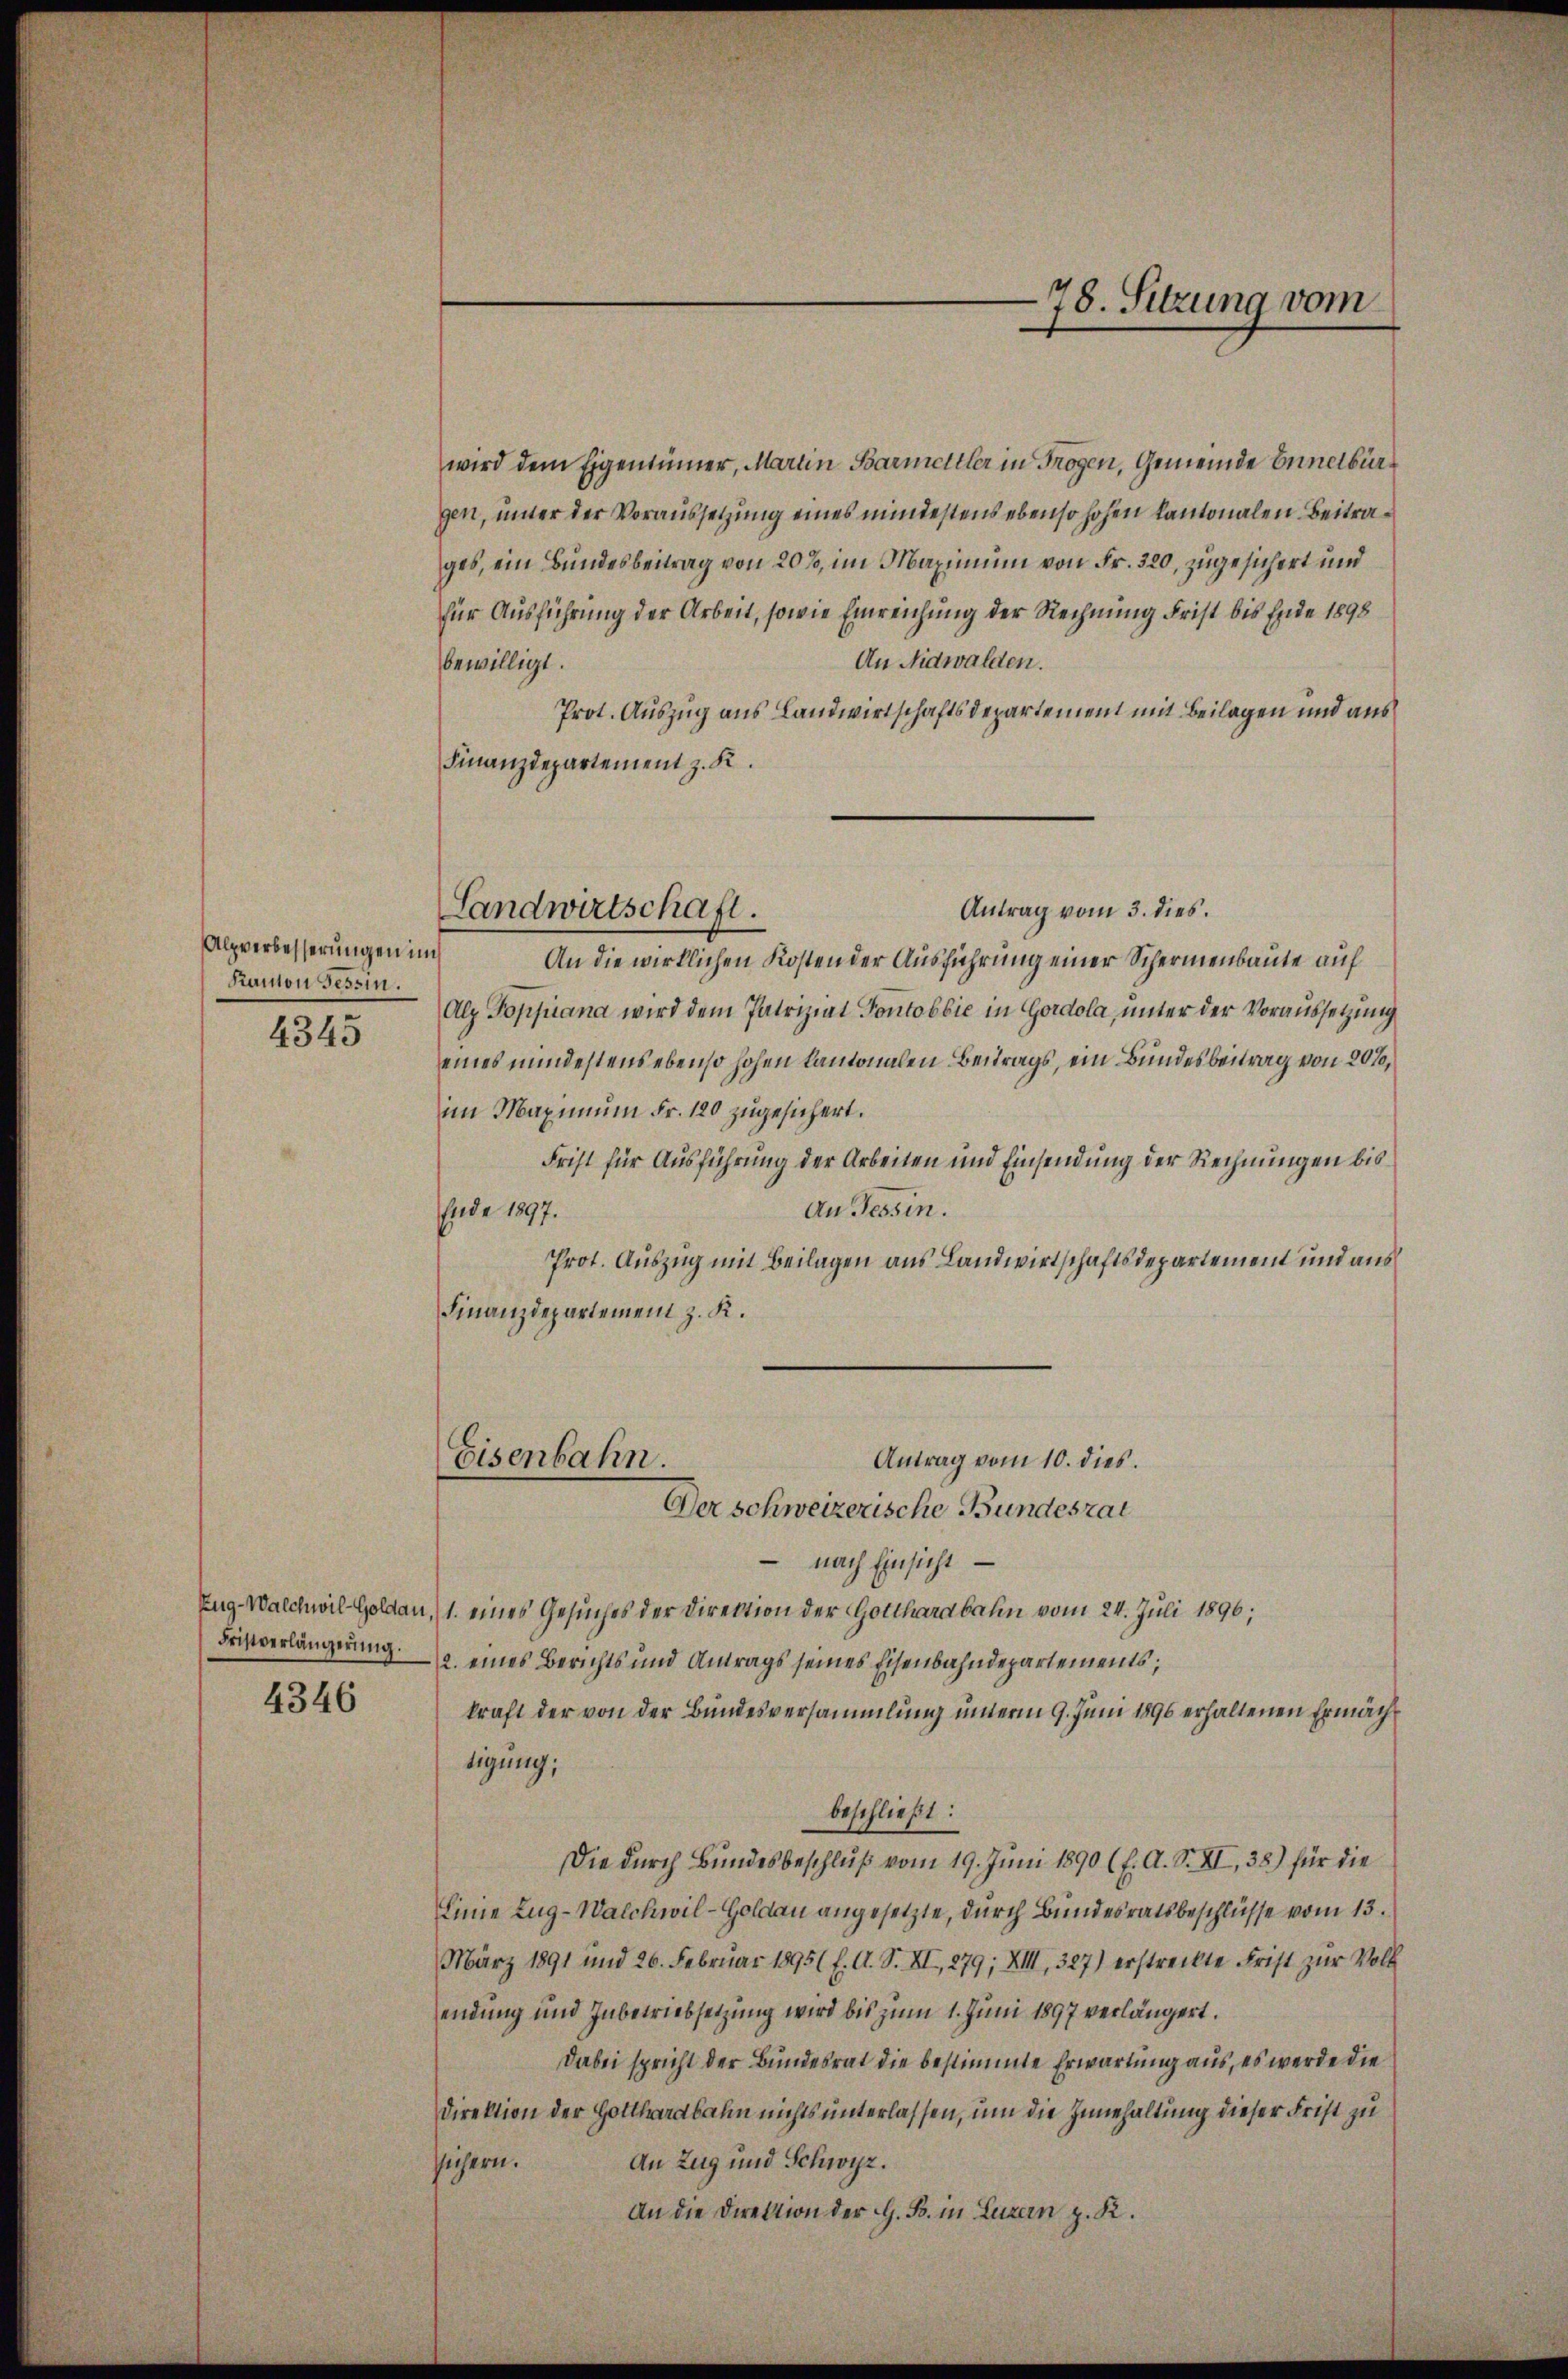
Alpverbesserungen in
Kanton Tessin.

4345

Fristverlängerŭng.

4346

wird dem Eigentümer, Martin Barmettler in Trogen, Gemeinde Ennetbürgen, unter der Voraussetzung eines mindestens ebenso hohen kantonalen Beitrages, ein Bundesbeitrag von 20%, im Maximum von Fr. 320, zugesichert und
für Ausführung der Arbeit, sowie Einreichung der Rechnung Frist bis Ende 1898
An Nidwalden.
bewilligt.
Prot. Auszug aus Landwirtschaftsdepartement mit Beilagen und aus
Finanzdepartement z. K.
An die wirklichen Kosten der Ausführung einer Schermenbaute auf
Alz Poppiana wird dem Patriziat Pontobbie in Gordola, unter der Voraussetzung
eines mindestens ebenso hohen kantonalen Beitrags, ein Bundesbeitrag von 20%,
im Maximum Fr. 120 zugesichert.
Frist für Ausführung der Arbeiten und Einsendung der Rechnungen bis
An Tessin.
nnde 1897.
Prot. Auszug mit Beilagen aus Landwirtschaftsdepartement und aus
Finanzdepartement z. K.

Antrag vom 3. dies.
Landwirtschaft.

Antrag vom 10. dies.
Eisenbahn.
Der schweizerische Bundesrat

nach Einsicht
Zug-Walchwil Goldau, 1. eines Gesuches der Direktion der Gotthardbahn vom 24. Juli 1890;
2. eines Berichts und Antrags seines Eisenbahndepartements;
kraft der von der Bundesversammlung unterm 9. Juni 1896 erhaltenen Ermächtigung;
beschließt:
Die durch Bŭndesbeschlŭβ vom 19. Juni 1890 (l. A. S. XI, 38.) für die
Linie Zug-Walchwil-Goldau angesetzte, durch Bundesratsbeschlüsse vom 13.
März 1891 und 26. Februar 18951 f. A. S. XI, 279; XIII, 327) erstreckte Frist zur Voll
endung und Inbetriebsetzung wird bis zum 1. Juni 1897 verlängert.
Dabei spricht der Bundesrat die bestimmte Erwartung aus, es werde die
Direktion der Hollraabahn nichts unterlassen, um die Innehaltung dieser Frist zu
An Zug und Schwyz.
sichern.
An die Direktion der G. B. in Luzern z. K.

-78. Sitzung vom